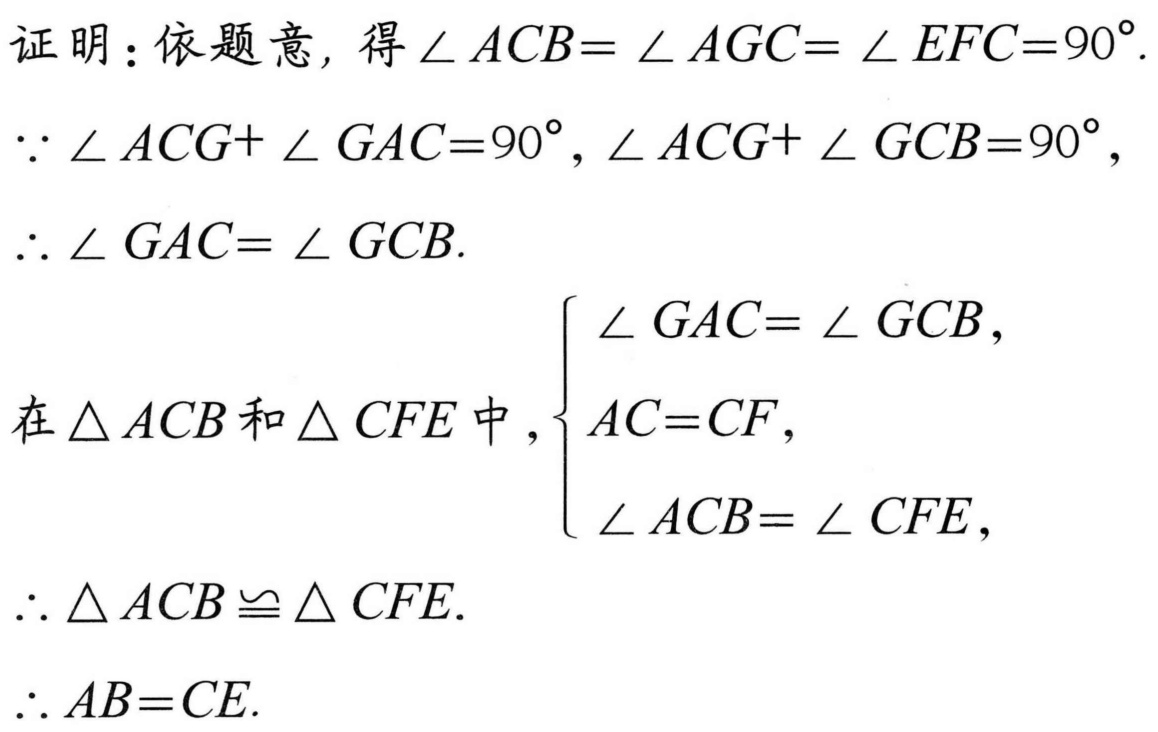
证明：依题意，得\(\angle ACB = \angle AGC = \angle EFC = 90^{\circ}\).
\(\because \angle ACG+\angle GAC = 90^{\circ}, \angle ACG+\angle GCB = 90^{\circ}\),
\(\therefore \angle GAC = \angle GCB\).
在\(\triangle ACB\)和\(\triangle CFE\)中，\(\begin{cases}
\angle GAC = \angle GCB, \\
AC = CF, \\
\angle ACB = \angle CFE,
\end{cases}\)
\(\therefore \triangle ACB\cong\triangle CFE\).
\(\therefore AB = CE\).